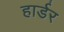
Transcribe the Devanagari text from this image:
हार्डर